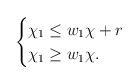
\begin{align*} \begin{cases} \chi_1 \leq w_1 \chi + r \\ \chi_1 \geq w_1 \chi. \end{cases} \end{align*}